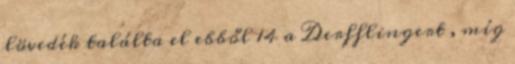
lövedék találta el ebből 14 a Derfflingert , míg